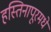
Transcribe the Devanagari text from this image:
हस्तिनापूरमधे